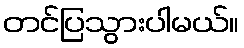
တင်ပြသွားပါမယ်။